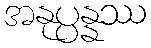
အနုပ္ပန္နဿ